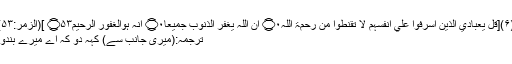
(۶)[قُلْ يٰعِبَادِيَ الَّذِيْنَ اَسْرَفُوْا عَلٰٓي اَنْفُسِہِمْ لَا تَقْنَطُوْا مِنْ رَّحْمَۃِ اللہِ۝۰ۭ اِنَّ اللہَ يَغْفِرُ الذُّنُوْبَ جَمِيْعًا۝۰ۭ اِنَّہٗ ہُوَالْغَفُوْرُ الرَّحِيْمُ۝۵۳ ](الزمر:۵۳)
ترجمہ:(میری جانب سے) کہہ دو کہ اے میرے بندو!